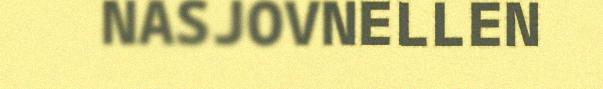
NASJOVNELLEN